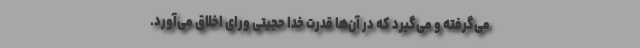
می‌گرفته و می‌گیرد که در آن‌ها قدرت خدا حجیتی ورای اخلاق می‌آورد.